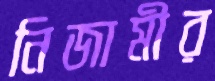
নিজামীর